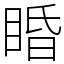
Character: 睧